Vaccine operations Central Provinces 1886-1899 - 1886-1899
Year: 1886
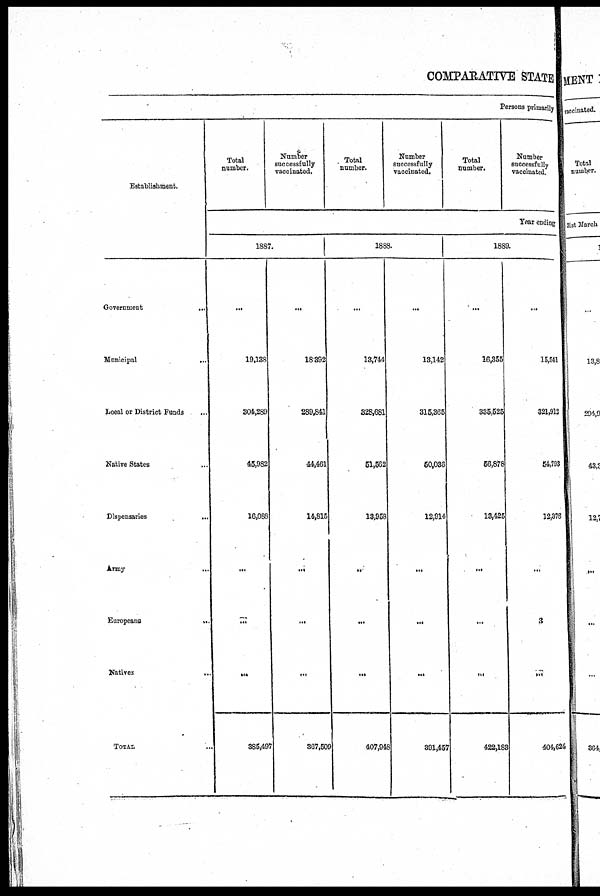
COMPARATIVE STATE
Persons primarily
Establishment.
Government
...
Municipal
...
Local or District Funds ...
Native States ...
Dispensaries
...
Army
...
Europeans
...
Natives
...
TOTAL ...
Total
number.
Number
successfully
vaccinated.
Total
number.
Number
successfully
vaccinated.
Total
number.
Number
successfully
vaccinated.
Year ending
1887.
...
19,138
304,289
45,982
16,088
...
...
...
385,497
...
18,392
289,841
44,461
14,815
...
...
...
367,509
1888.
...
13,744
328,681
51,562
13,958
...
...
...
407,948
...
13,142
315,365
50,036
12,914
...
...
...
391,457
1889.
...
16,355
335,525
56,878
13,425
...
...
...
422,183
...
15,541
321,912
54,793
12,378
...
3
...
404,624